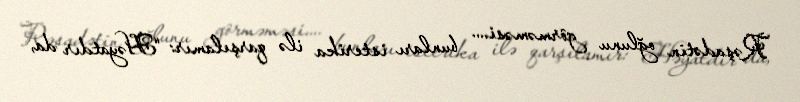
Rəşadətin oğlunu görməməsi.... bunları isterika ilə qarşılamır: “Həyatdır da,